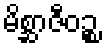
မိစ္ဆာဇီဝဉ္စ